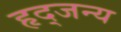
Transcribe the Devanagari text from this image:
हृद्जन्‍य